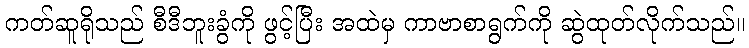
ကတ်ဆူရိုသည် စီဒီဘူးခွံကို ဖွင့်ပြီး အထဲမှ ကာဗာစာရွက်ကို ဆွဲထုတ်လိုက်သည်။